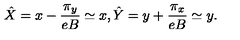
\hat { X } = x - \frac { \pi _ { y } } { e B } \simeq x , \hat { Y } = y + \frac { \pi _ { x } } { e B } \simeq y .